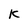
Character: K